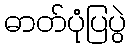
ဓာတ်ပုံပြပွဲ